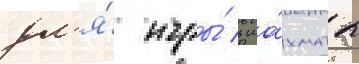
дл'я́ игры́ в ша́хматы